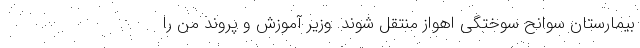
بیمارستان سوانح سوختگی اهواز منتقل شوند. وزیر آموزش و پروند من را